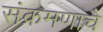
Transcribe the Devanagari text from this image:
संक्रमणाचे